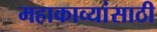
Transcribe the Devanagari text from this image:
महाकाव्यांसाठी